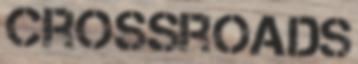
CROSSROADS